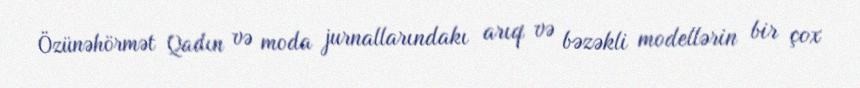
Özünəhörmət Qadın və moda jurnallarındakı arıq və bəzəkli modellərin bir çox